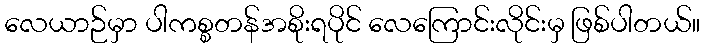
လေယာဉ်မှာ ပါကစ္စတန်အစိုးရပိုင် လေကြောင်းလိုင်းမှ ဖြစ်ပါတယ်။